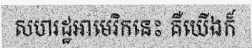
សហរដ្ឋអាមេរិកនេះ គឺយើងក៏